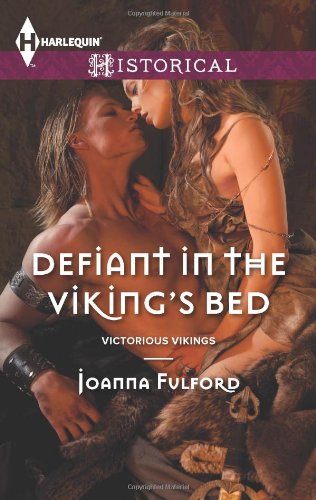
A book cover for Defiant in the Viking's Bed (Harlequin Historical\Victorious Vikings); Joanna Fulford; Romance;